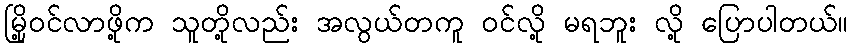
မြို့ဝင်လာဖို့က သူတို့လည်း အလွယ်တကူ ဝင်လို့ မရဘူး လို့ ပြောပါတယ်။